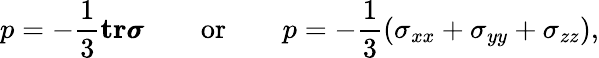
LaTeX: p=-\frac{1}{3}\mathbf{tr}\pmb{\sigma}\qquad\textnormal{or}\qquad p=-\frac{1}{3}\left(\sigma_{xx}+\sigma_{yy}+\sigma_{zz}\right),